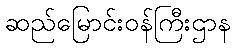
ဆည်မြောင်းဝန်ကြီးဌာန